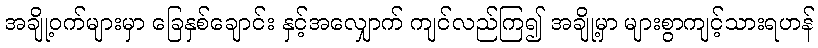
အချို့ဝက်များမှာ ခြေနှစ်ချောင်း နှင့်အလျှောက် ကျင်လည်ကြ၍ အချို့မှာ များစွာကျင့်သားရဟန်